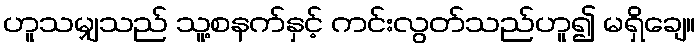
ဟူသမျှသည် သူ့စနက်နှင့် ကင်းလွတ်သည်ဟူ၍ မရှိချေ။